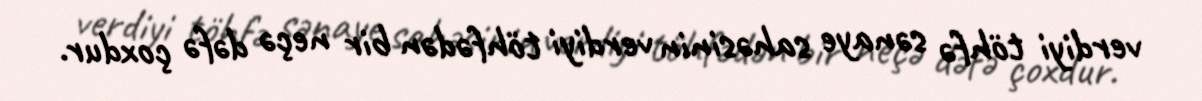
verdiyi töhfə sənaye sahəsinin verdiyi töhfədən bir neçə dəfə çoxdur.